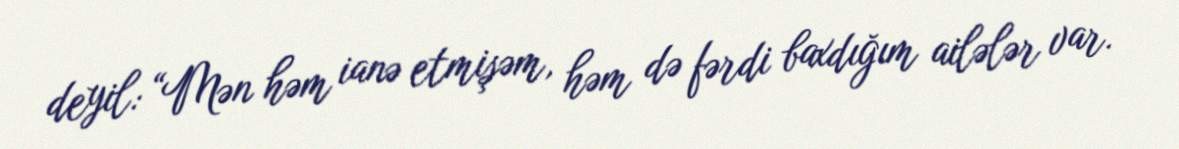
deyil: “Mən həm ianə etmişəm, həm də fərdi baxdığım ailələr var.